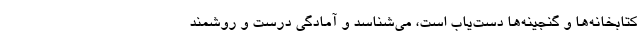
کتابخانه‌ها و گنجینه‌ها دست‌یاب است، می‌شناسد و آمادگیِ درست و روشمند